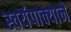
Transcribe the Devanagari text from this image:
स्वयंपाक्याने